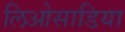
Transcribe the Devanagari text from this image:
लिओसाडिया